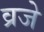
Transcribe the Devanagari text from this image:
व्रजे